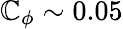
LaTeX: \mathbb{C}_{\phi}\sim0.05